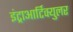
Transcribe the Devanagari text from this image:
इंट्राआर्टिक्युलर